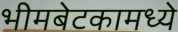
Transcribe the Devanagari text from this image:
भीमबेटकामध्ये